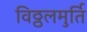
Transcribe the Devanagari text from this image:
विठ्ठलमुर्ति